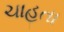
ચાહતા